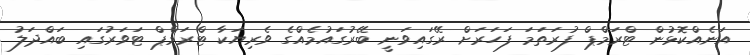
އަނެއްކޮޅުން ޓްރަމްޕް ފުރަތަމަ ފަހަރަށް ރޭގައިވަނީ ބޭރުގައުމެއްގެ ވެރިޔަކާ ޓްރަމްޕް ޓަވަރުގައި ބައްދަލު